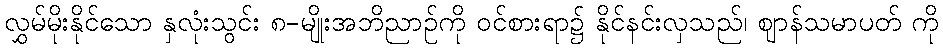
လွှမ်မိုးနိုင်သော နှလုံးသွင်း ၈-မျိုးအဘိညာဉ်ကို ဝင်စားရာ၌ နိုင်နင်းလှသည်၊ ဈာန်သမာပတ် ကို